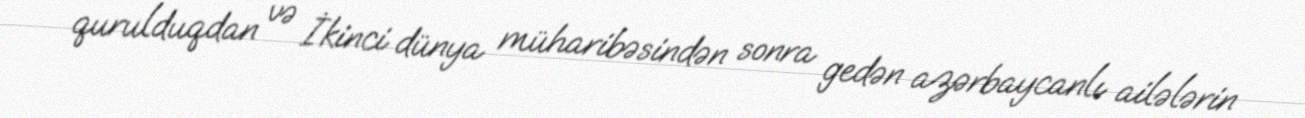
qurulduqdan və İkinci dünya müharibəsindən sonra gedən azərbaycanlı ailələrin